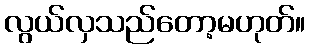
လွယ်လှသည်တော့မဟုတ်။